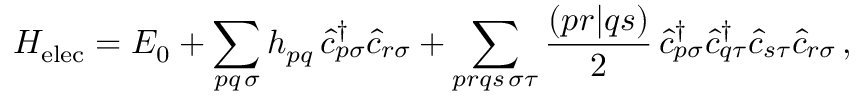
H _ { \mathrm { e l e c } } = E _ { 0 } + \sum _ { \substack { p q \, \sigma } } h _ { p q } \, \hat { c } _ { p \sigma } ^ { \dagger } \hat { c } _ { r \sigma } ^ { \phantom { \dagger } } + \sum _ { \substack { p r q s \, \sigma \tau } } \frac { ( p r | q s ) } { 2 } \, \hat { c } _ { p \sigma } ^ { \dagger } \hat { c } _ { q \tau } ^ { \dagger } \hat { c } _ { s \tau } ^ { \phantom { \dagger } } \hat { c } _ { r \sigma } ^ { \phantom { \dagger } } \, ,